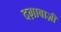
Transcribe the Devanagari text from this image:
दग़ाबाज़ी